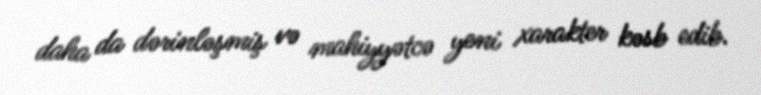
daha da dərinləşmiş və mahiyyətcə yeni xarakter kəsb edib.